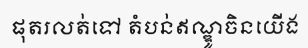
ផុតរលត់ទៅ តំបន់ឥណ្ឌូចិនយើង